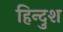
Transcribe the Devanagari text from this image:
हिन्दुश